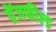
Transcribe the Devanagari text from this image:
ग्रेंजफील्ड